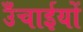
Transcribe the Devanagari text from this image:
उँचाईयों